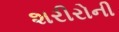
શરીરોની